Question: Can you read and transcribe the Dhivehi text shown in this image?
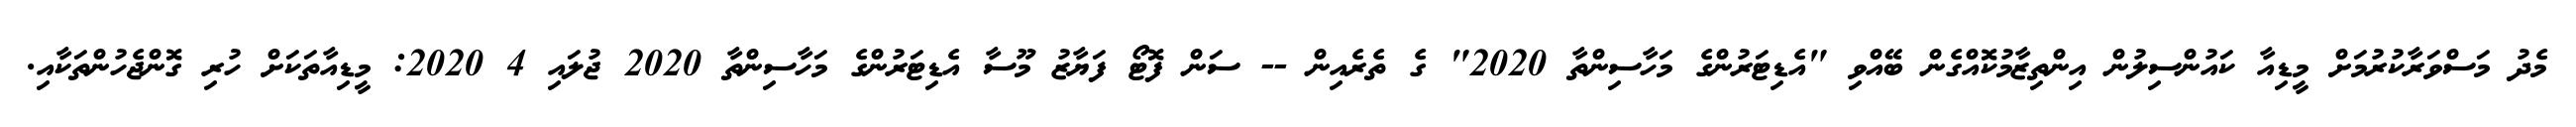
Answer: މެދު މަސްވަރާކުރުމަށް މީޑިއާ ކައުންސިލުން އިންތިޒާމުކޮއްގެން ބޭއްވި "އެޑިޓަރުންގެ މަހާސިންތާ 2020" ގެ ތެރެއިން -- ސަން ފޮޓޯ ފަޔާޒު މޫސާ އެޑިޓަރުންގެ މަހާސިންތާ 2020 ޖުލައި 4 2020: މީޑިއާތަކަށް ހުރި ގޮންޖެހުންތަކާއި.